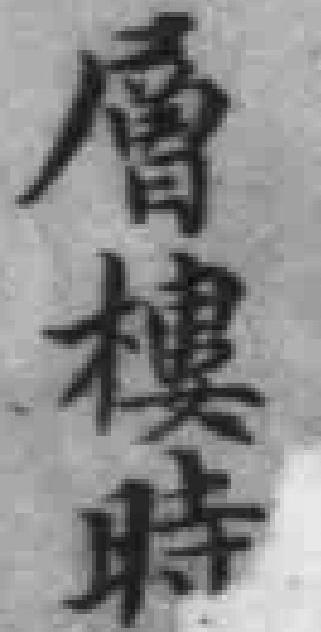
層樓時